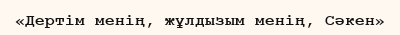
«Дертім менің, жұлдызым менің, Сәкен»